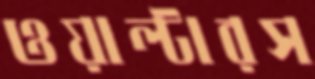
ওয়াল্টারস